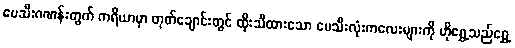
ပေသီးဂဏန်းတွက် ကရိယာမှာ တုတ်ချောင်းတွင် ထိုးသီထားသော ပေသီးလုံးကလေးများကို ဟိုရွှေ့သည်ရွှေ့